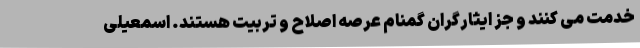
خدمت می کنند و جز ایثارگران گمنام عرصه اصلاح و تربیت هستند. اسمعیلی